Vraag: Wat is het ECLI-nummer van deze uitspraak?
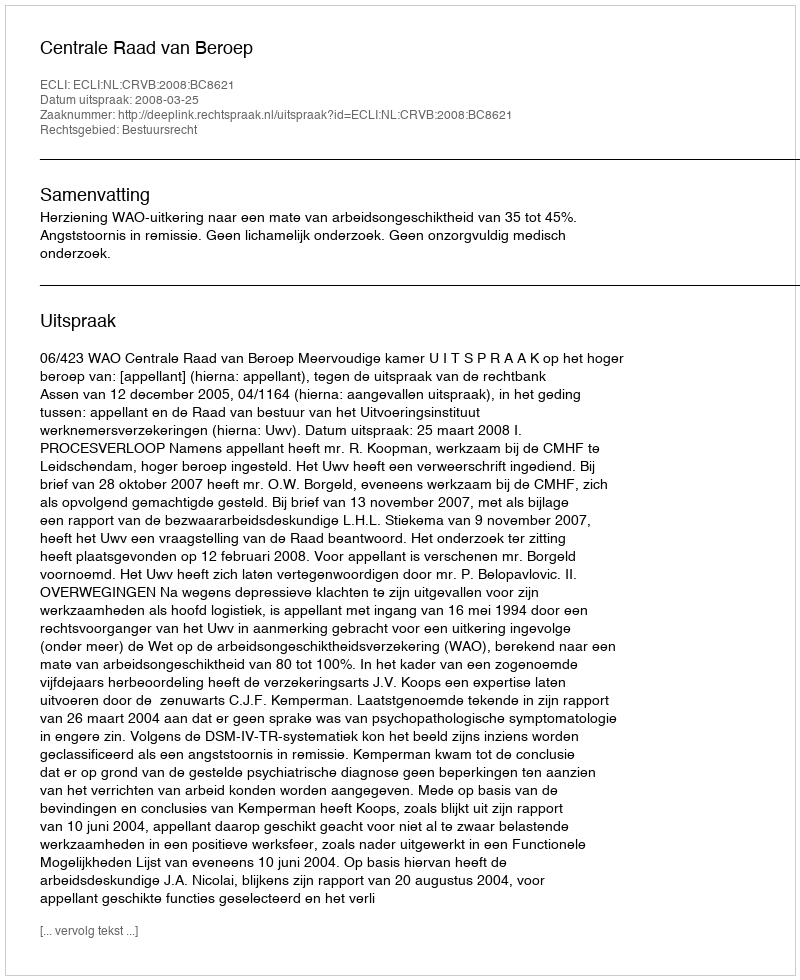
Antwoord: ECLI:NL:CRVB:2008:BC8621